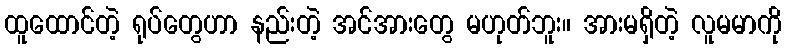
ထူထောင်တဲ့ ရုပ်တွေဟာ နည်းတဲ့ အင်အားတွေ မဟုတ်ဘူး။ အားမရှိတဲ့ လူမမာကို